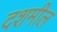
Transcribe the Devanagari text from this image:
दशमील